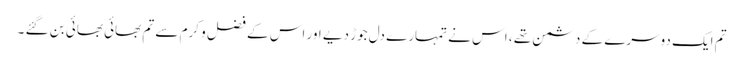
تم ایک دوسرے کے دشمن تھے ، اس نے تمہارے دل جوڑ دیے اور اس کے فضل و کرم سے تم بھائی بھائی بن گئے ۔